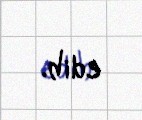
edib.